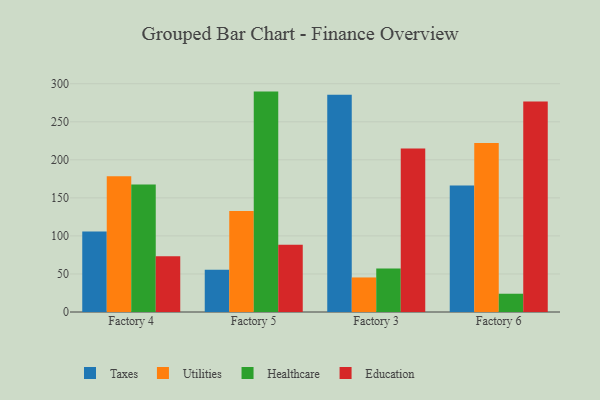
{"axis": {"x": "Factory", "y": "Shipments"}, "legend": ["Education", "Healthcare", "Taxes", "Utilities"], "data": [{"x": "Factory 4", "y": 105.7, "type": "Taxes"}, {"x": "Factory 4", "y": 178.3, "type": "Utilities"}, {"x": "Factory 4", "y": 167.7, "type": "Healthcare"}, {"x": "Factory 4", "y": 73.2, "type": "Education"}, {"x": "Factory 5", "y": 55.4, "type": "Taxes"}, {"x": "Factory 5", "y": 132.9, "type": "Utilities"}, {"x": "Factory 5", "y": 289.7, "type": "Healthcare"}, {"x": "Factory 5", "y": 88.3, "type": "Education"}, {"x": "Factory 3", "y": 285.5, "type": "Taxes"}, {"x": "Factory 3", "y": 45.4, "type": "Utilities"}, {"x": "Factory 3", "y": 57.2, "type": "Healthcare"}, {"x": "Factory 3", "y": 214.8, "type": "Education"}, {"x": "Factory 6", "y": 166.2, "type": "Taxes"}, {"x": "Factory 6", "y": 222.1, "type": "Utilities"}, {"x": "Factory 6", "y": 24.0, "type": "Healthcare"}, {"x": "Factory 6", "y": 276.7, "type": "Education"}]}